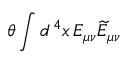
\theta \int d ^ { \, 4 } x \, E _ { \mu \nu } \widetilde E _ { \mu \nu }